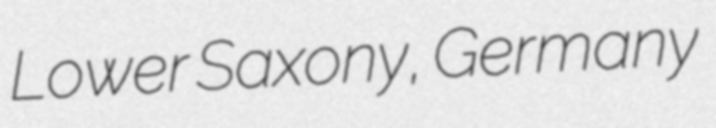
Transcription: Lower Saxony, Germany